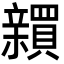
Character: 𬔫